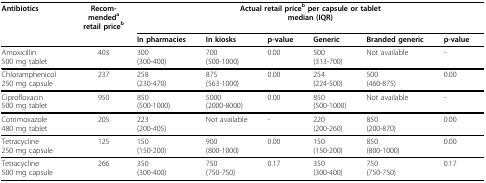
<table><thead><tr><td><b>Antibiotics</b></td><td><b>Recom-mended<sup>a</sup>retail price<sup>b</sup></b></td><td colspan="6"><b>Actual retail price<sup>b </sup>per capsule or tabletmedian (IQR)</b></td></tr><tr><td></td><td></td><td><b>In pharmacies</b></td><td><b>In kiosks</b></td><td><b>p-value</b></td><td><b>Generic</b></td><td><b>Branded generic</b></td><td><b>p-value</b></td></tr></thead><tbody><tr><td>Amoxicillin500 mg tablet</td><td>403</td><td>300(300-400)</td><td>700(500-1000)</td><td>0.00</td><td>500(313-700)</td><td>Not available</td><td>-</td></tr><tr><td>Chloramphenicol250 mg capsule</td><td>237</td><td>258(230-470)</td><td>875(563-1000)</td><td>0.00</td><td>254(224-500)</td><td>500(460-875)</td><td>0.00</td></tr><tr><td>Ciprofloxacin500 mg tablet</td><td>950</td><td>850(500-1000)</td><td>5000(2000-8000)</td><td>0.00</td><td>850(500-1000)</td><td>Not available</td><td>-</td></tr><tr><td>Cotrimoxazole480 mg tablet</td><td>205</td><td>223(200-405)</td><td>Not available</td><td>-</td><td>220(200-260)</td><td>850(200-870)</td><td>0.00</td></tr><tr><td>Tetracycline250 mg capsule</td><td>125</td><td>150(150-200)</td><td>900(800-1000)</td><td>0.00</td><td>150(150-200)</td><td>850(800-1000)</td><td>0.00</td></tr><tr><td>Tetracycline500 mg capsule</td><td>266</td><td>350(300-400)</td><td>750(750-750)</td><td>0.17</td><td>350(300-400)</td><td>750(750-750)</td><td>0.17</td></tr></tbody></table>